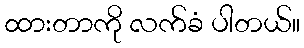
ထားတာကို လက်ခံ ပါတယ်။